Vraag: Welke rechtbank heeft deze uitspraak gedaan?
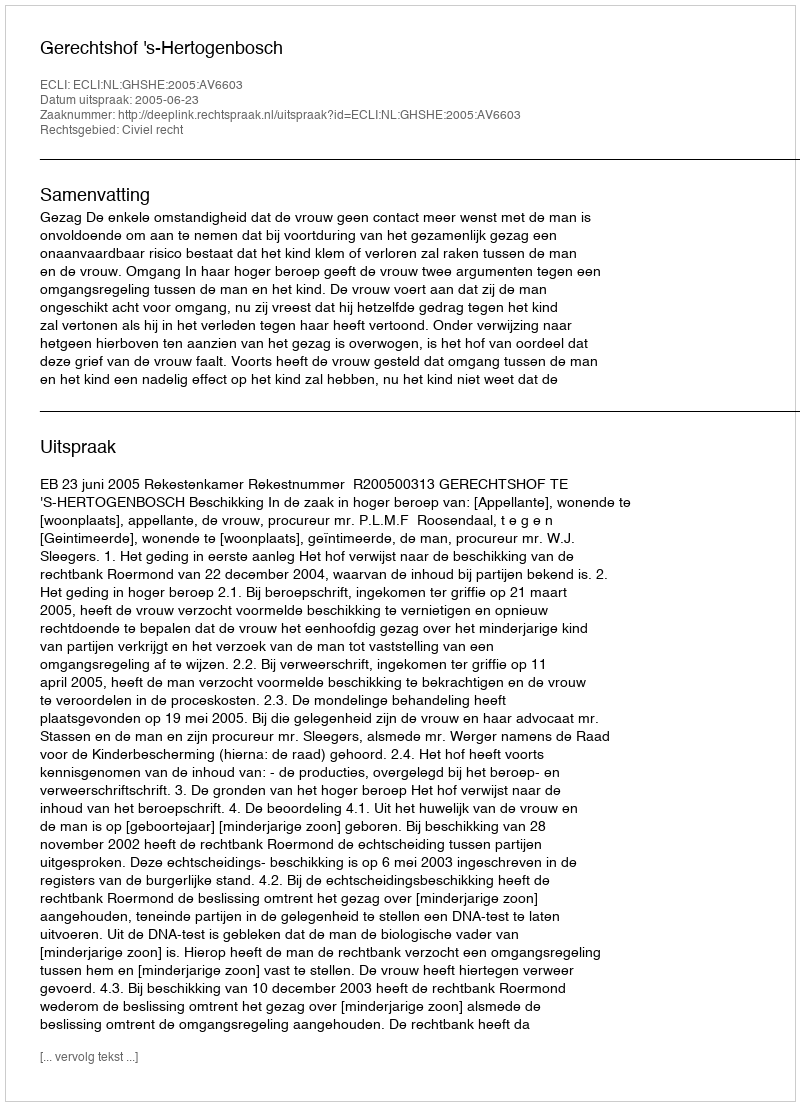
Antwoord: Gerechtshof 's-Hertogenbosch